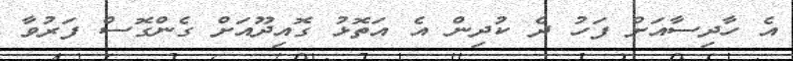
އެ ހާދިސާއަށް ފަހު ދެ ކުދިން އެ އަތޮޅު ގޮއިދޫއަށް ގެންގޮސް ފަރުވާ